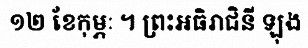
១២ ខែកុម្ភៈ ។ ព្រះអធិរាជិនី ឡុង